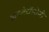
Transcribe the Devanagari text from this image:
डायबेटॉलोजी